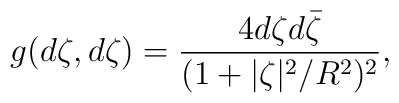
g(d\zeta,d\zeta) = \frac{4d\zeta d\bar\zeta}{(1 + |\zeta|^2/ R^2)^2},